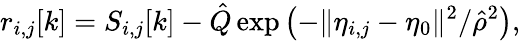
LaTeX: r_{i,j}[k]=S_{i,j}[k]-\hat{Q}\exp\left(-\Vert\eta_{i,j}-\eta_{0}\Vert^{2}/\hat{\rho}^{2}\right),